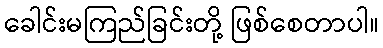
ခေါင်းမကြည်ခြင်းတို့ ဖြစ်စေတာပါ။